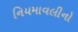
નિયમાવલીનો